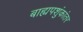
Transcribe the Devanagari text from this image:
बाह्यपशुंकांतर